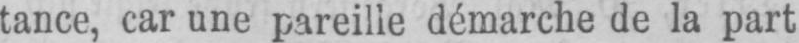
tance, car une pareille démarche de la part